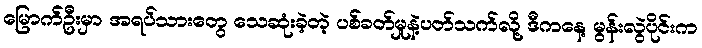
မြောက်ဦးမှာ အရပ်သားတွေ သေဆုံးခဲ့တဲ့ ပစ်ခတ်မှုနဲ့ပတ်သက်လို့ ဒီကနေ့ မွန်းလွဲပိုင်းက